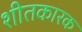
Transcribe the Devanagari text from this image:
शीतकारक